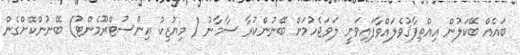
ބައެއް ބޭކަލުން އިއްތިފާޤުވެލައްވާފައިވަނީ ލަވަޖެހުމަށް ބޭނުންކުރާ ސާމާނު ( މިޔުޒިކު އިންސުޓްރޫމެންޓު) ބޭނުންކޮށްގެން